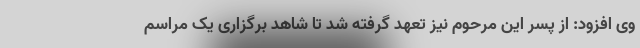
وی افزود: از پسر این مرحوم نیز تعهد گرفته شد تا شاهد برگزاری یک مراسم